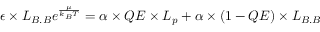
\epsilon \times L _ { B . B } e ^ { \frac { \mu } { k _ { B } T } } = \alpha \times Q E \times L _ { p } + \alpha \times ( 1 - Q E ) \times L _ { B . B }